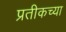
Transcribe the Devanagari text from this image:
प्रतीकच्या